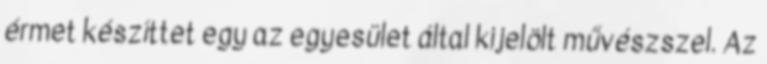
érmet készíttet egy az egyesület által kijelölt művészszel. Az